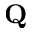
\textbf { Q }